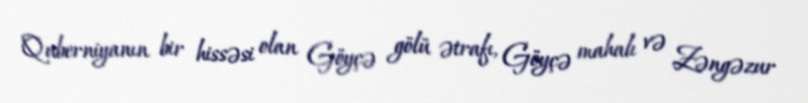
Quberniyanın bir hissəsi olan Göyçə gölü ətrafı, Göyçə mahalı və Zəngəzur